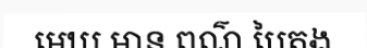
មេឃ មាន ពណ៌ បៃតង